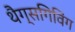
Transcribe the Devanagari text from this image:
थैग्सगिविंग